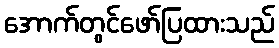
အောက်တွင်ဖော်ပြထားသည်